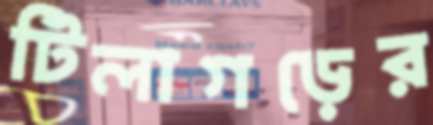
টিলাগড়ের